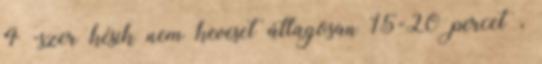
4 -szer késik nem keveset átlagosan 15-20 percet ,